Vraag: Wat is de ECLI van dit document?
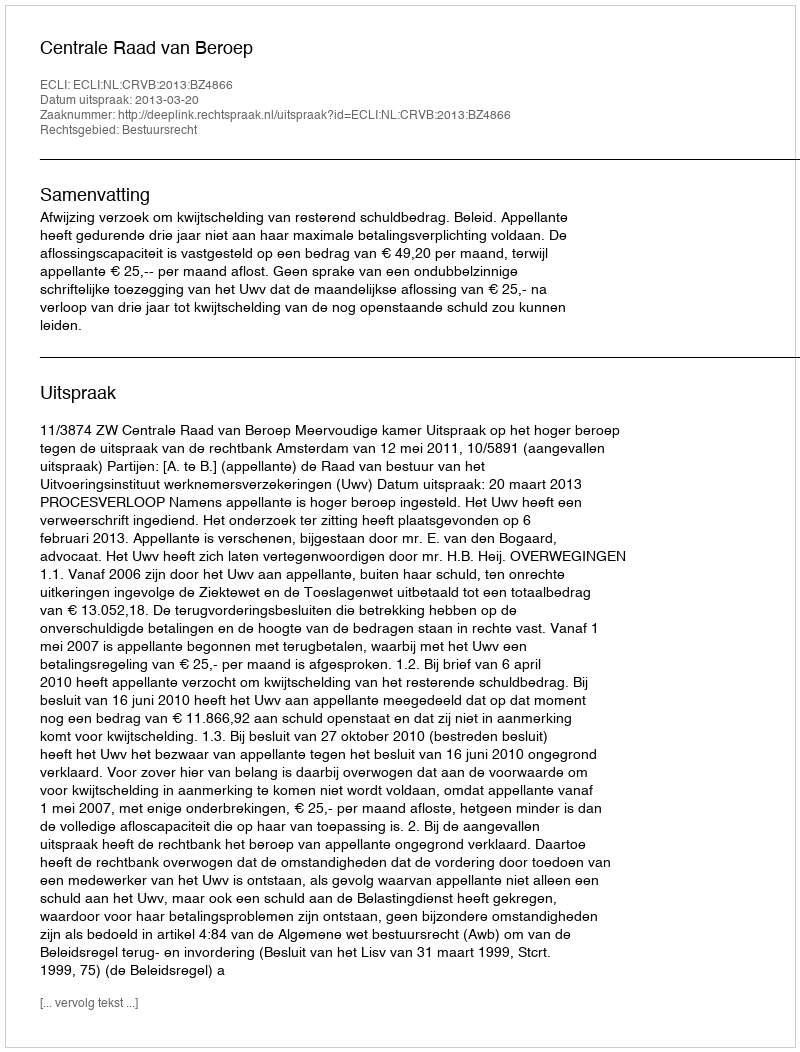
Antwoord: ECLI:NL:CRVB:2013:BZ4866